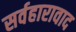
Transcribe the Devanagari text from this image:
सर्वहारावाद